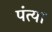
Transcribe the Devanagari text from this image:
पंत्या